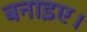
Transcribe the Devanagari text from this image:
बनाइए।